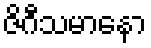
ဇိဂီသမာနော